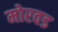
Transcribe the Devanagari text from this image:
मोरवड